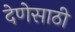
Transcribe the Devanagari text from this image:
देणेसाठी